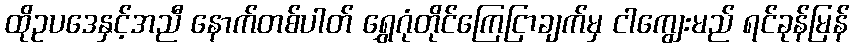
ထိုဥပဒေနှင့်အညီ နောက်တစ်ပါတ် ရွှေဂုံတိုင်ကြေငြာချက်မှ ငါကျွေးမည် ရင်ခုန်မြန်